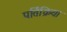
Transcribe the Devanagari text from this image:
पर्तिक्रिया